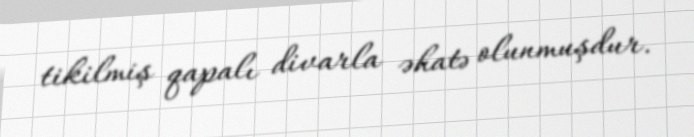
tikilmiş qapalı divarla əhatə olunmuşdur.